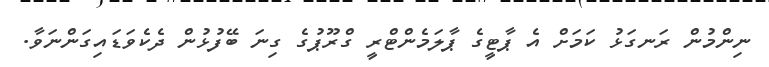
ނިންމުން ރަނގަޅު ކަމަށް އެ ޕާޓީގެ ޕާލަމެންޓްރީ ގްރޫޕުގެ ގިނަ ބޭފުޅުން ދެކެވަޑައިގަންނަވާ.